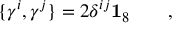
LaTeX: \{ \gamma ^ { i } , \gamma ^ { j } \} = 2 \delta ^ { i j } \mathbf { 1 } _ { 8 } \qquad ,